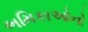
ભમિકાઓનો